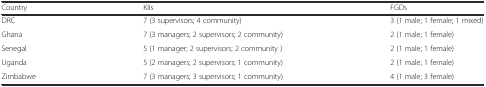
<table><thead><tr><td><b>Country</b></td><td><b>KIIs</b></td><td><b>FGDs</b></td></tr></thead><tbody><tr><td>DRC</td><td>7 (3 supervisors; 4 community)</td><td>3 (1 male; 1 female; 1 mixed)</td></tr><tr><td>Ghana</td><td>7 (3 managers; 2 supervisors; 2 community)</td><td>2 (1 male; 1 female)</td></tr><tr><td>Senegal</td><td>5 (1 manager; 2 supervisors; 2 community )</td><td>2 (1 male; 1 female)</td></tr><tr><td>Uganda</td><td>5 (2 managers; 2 supervisors; 1 community)</td><td>2 (1 male; 1 female)</td></tr><tr><td>Zimbabwe</td><td>7 (3 managers; 3 supervisors; 1 community)</td><td>4 (1 male; 3 female)</td></tr></tbody></table>